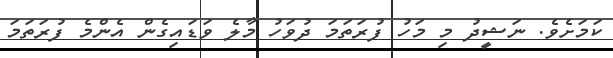
ކަމަށެވެ. ނަޝީދު މި މަހު ފުރަތަމަ ދުވަހު މާލެ ވަޑައިގެން އެންމެ ފުރަތަމަ